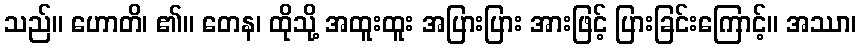
သည်။ ဟောတိ၊ ၏။ တေန၊ ထိုသို့ အထူးထူး အပြားပြား အားဖြင့် ပြားခြင်းကြောင့်။ အဿာ၊